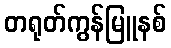
တရုတ်ကွန်မြူနစ်